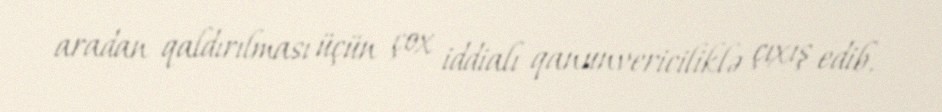
aradan qaldırılması üçün çox iddialı qanunvericiliklə çıxış edib.